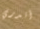
أتدري